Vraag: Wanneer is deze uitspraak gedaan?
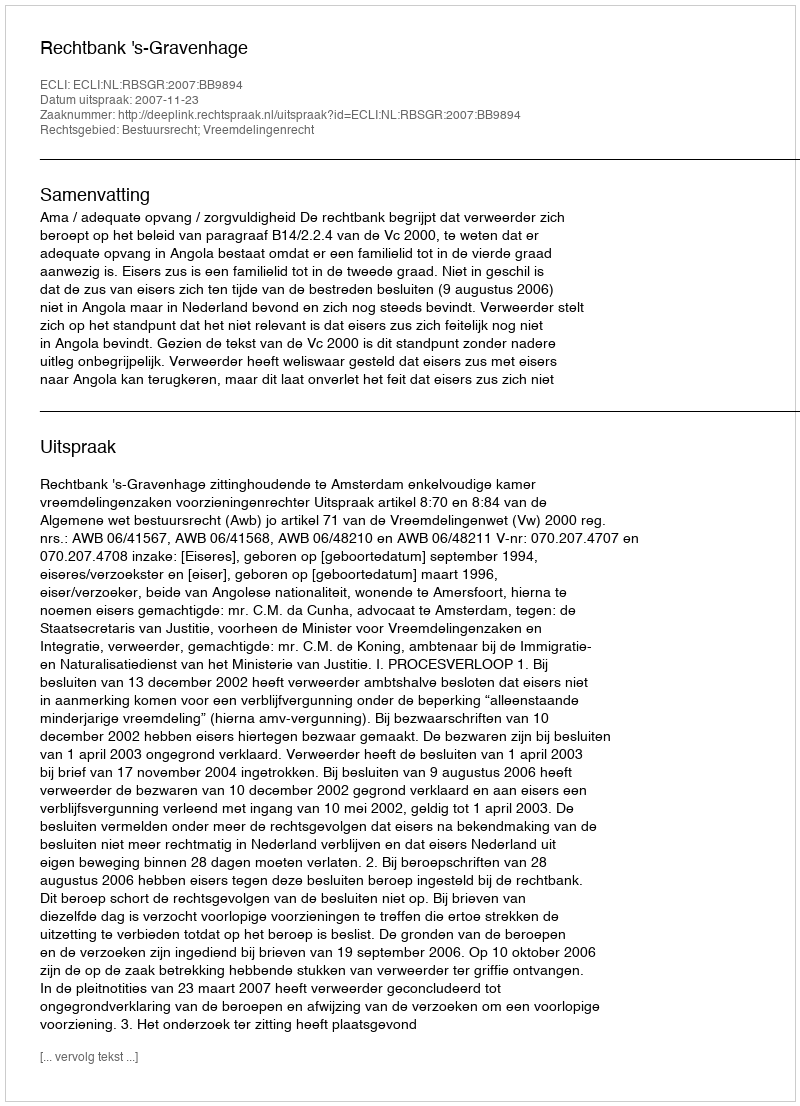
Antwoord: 2007-11-23